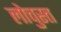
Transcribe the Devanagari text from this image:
लोचुस्त